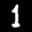
Label: 1